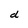
Character: d